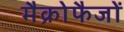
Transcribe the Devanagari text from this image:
मैक्रोफैजों